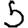
Digit: 5